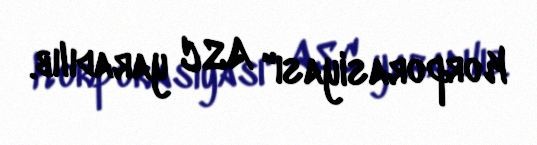
Korporasiyası" ASC yaradılıb.